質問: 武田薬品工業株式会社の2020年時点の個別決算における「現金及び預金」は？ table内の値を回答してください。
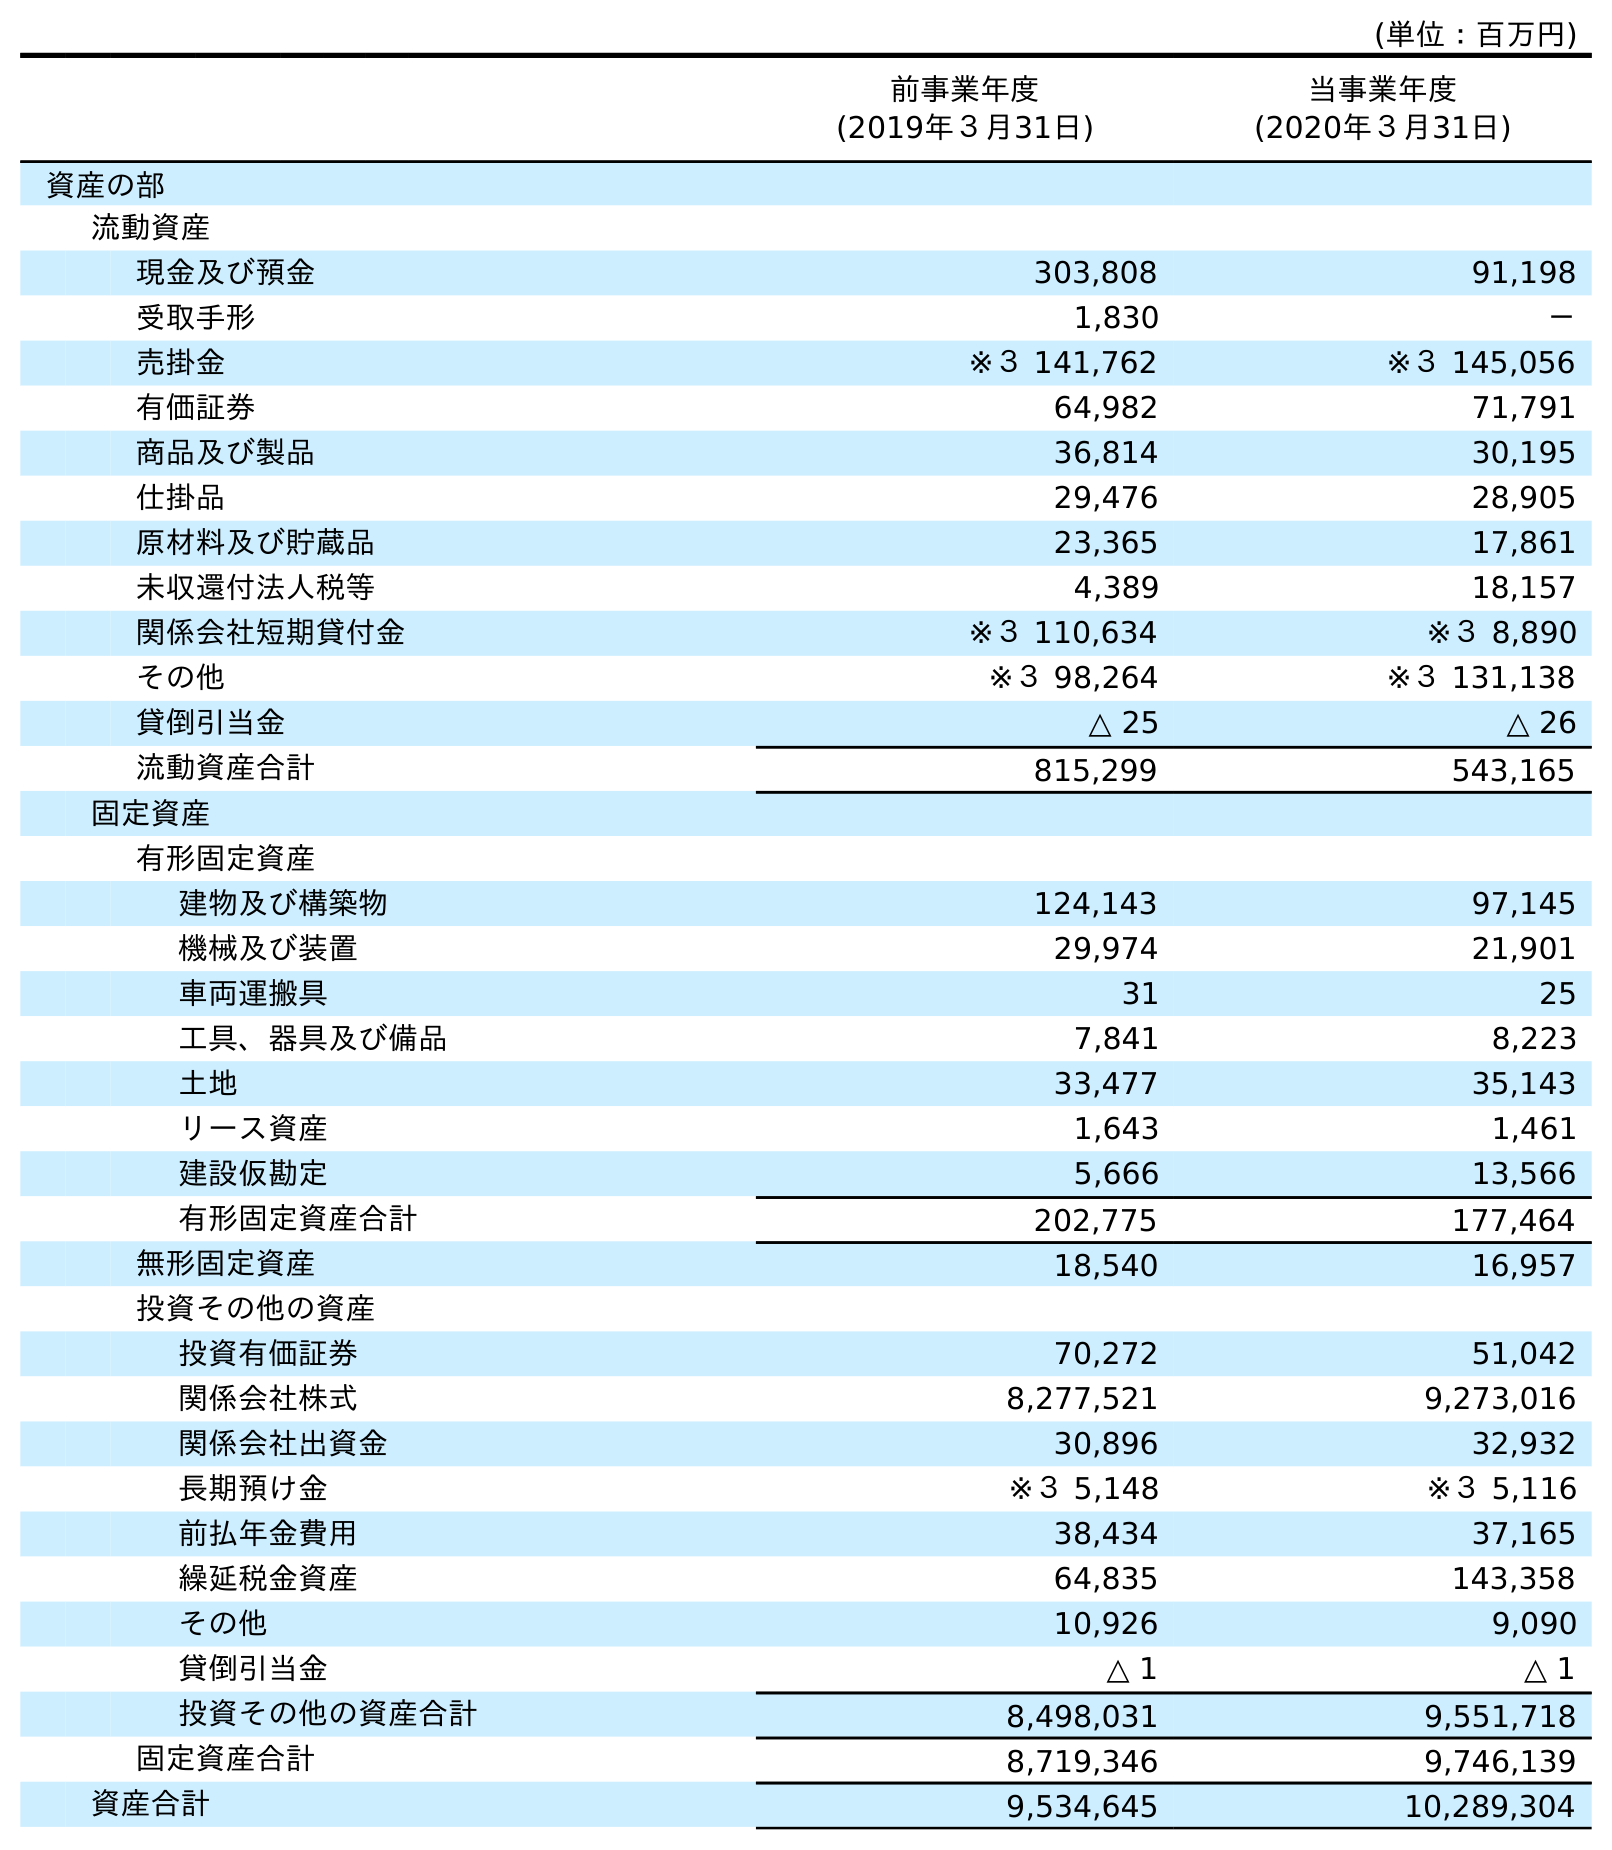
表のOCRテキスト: (単位：百万円) 前事業年度 (2019年３月31日) 当事業年度 (2020年３月31日) 資産の部 流動資産 現金及び預金 303,808 91,198 受取手形 1,830 － 売掛金 ※３ 141,762 ※３ 145,056 有価証券 64,982 71,791 商品及び製品 36,814 30,195 仕掛品 29,476 28,905 原材料及び貯蔵品 23,365 17,861 未収還付法人税等 4,389 18,157 関係会社短期貸付金 ※３ 110,634 ※３ 8,890 その他 ※３ 98,264 ※３ 131,138 貸倒引当金 △ 25 △ 26 流動資産合計 815,299 543,165 固定資産 有形固定資産 建物及び構築物 124,143 97,145 機械及び装置 29,974 21,901 車両運搬具 31 25 工具、器具及び備品 7,841 8,223 土地 33,477 35,143 リース資産 1,643 1,461 建設仮勘定 5,666 13,566 有形固定資産合計 202,775 177,464 無形固定資産 18,540 16,957 投資その他の資産 投資有価証券 70,272 51,042 関係会社株式 8,277,521 9,273,016 関係会社出資金 30,896 32,932 長期預け金 ※３ 5,148 ※３ 5,116 前払年金費用 38,434 37,165 繰延税金資産 64,835 143,358 その他 10,926 9,090 貸倒引当金 △ 1 △ 1 投資その他の資産合計 8,498,031 9,551,718 固定資産合計 8,719,346 9,746,139 資産合計 9,534,645 10,289,304
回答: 91,198